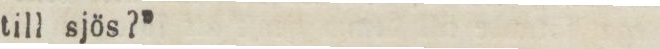
till sjös?”